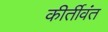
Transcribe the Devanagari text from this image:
कीर्तीवंत